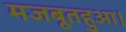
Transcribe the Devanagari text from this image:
मजबूतहुआ।